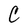
Character: C